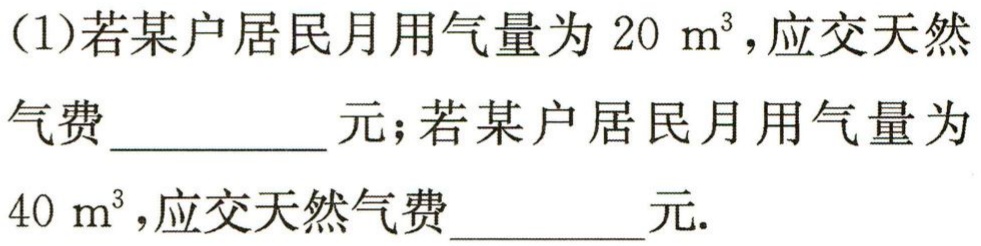
(1)若某户居民月用气量为\(20\ \mathrm{m}^{3}\)，应交天然气费__________元；若某户居民月用气量为\(40\ \mathrm{m}^{3}\)，应交天然气费__________元.